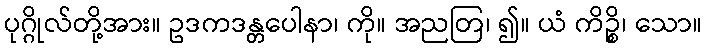
ပုဂ္ဂိုလ်တို့အား။ ဥဒကဒန္တပေါနာ၊ ကို။ အညတြ၊ ၍။ ယံ ကိဉ္စိ၊ သော။